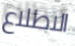
الاطلاع